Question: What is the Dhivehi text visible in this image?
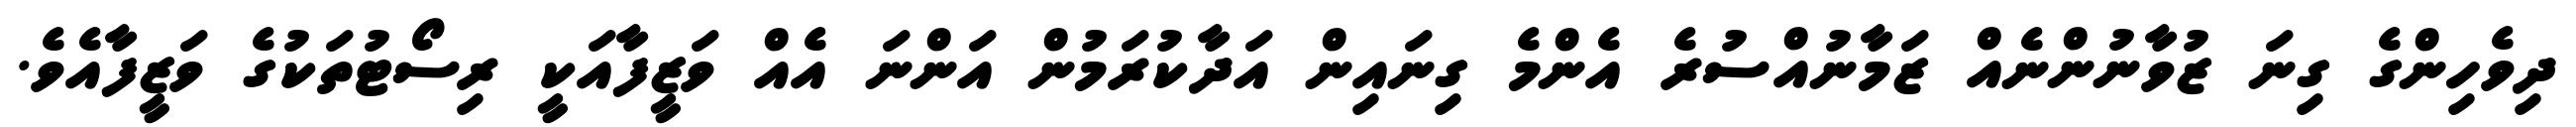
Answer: ދިވެހިންގެ ގިނަ ޒުވާނުންނެއް ޒަމާނުއްސުރެ އެންމެ ގިނައިން އަދާކުރަމުން އަންނަ އެއް ވަޒީފާއަކީ ރިސޯޓުތަކުގެ ވަޒީފާއެވެ.